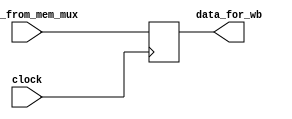
`timescale 1ps / 1ps
//////////////////////////////////////////////////////////////////////////////////
// Company: 
// Engineer: 
// 
// Design Name: 
// Module Name: M_WB_stage_data
// Project Name: 
// Target Devices: 
// Tool Versions: 
// Description: 
// 
// Dependencies: 
// 
// Revision:
// Revision 0.01 - File Created
// Additional Comments:
// 
//////////////////////////////////////////////////////////////////////////////////


module M_WB_stage_data(input [31:0]data_from_mem_mux,input clock,output reg [31:0]data_for_wb);
always@(posedge clock)
begin
data_for_wb=data_from_mem_mux;
end

endmodule